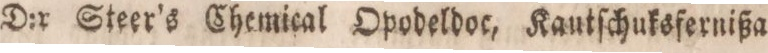
D:r Steer’s Chemical Opodeldoc, Kautſchuksfernißa